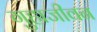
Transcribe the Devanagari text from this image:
गुहाजीवन